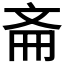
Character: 𫿯